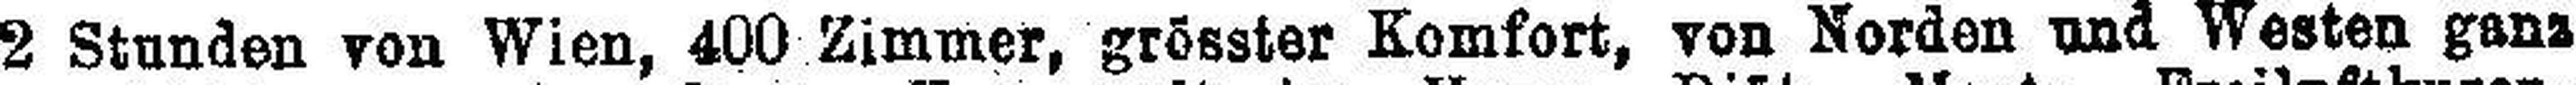
2 Stunden von Wien, 400 Zimmer, grösster Komfort, von Norden und Westen ganz